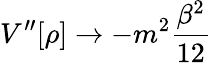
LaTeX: V^{\prime\prime}[\rho]\rightarrow-m^{2}\frac{\beta^{2}}{12}